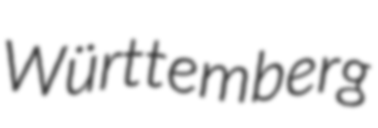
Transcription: Württemberg